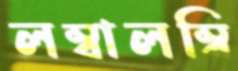
লম্বালম্বি